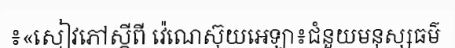
៖«សៀវភៅស្តីពី វ៉េណេស៊ុយអេឡា៖ជំនួយមនុស្សធម៌